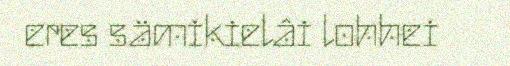
eres sämikielâi lohhei